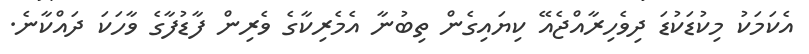
އެކަމަކު މިކުޑަކުޑަ ދިވެހިރާއްޖެއޭ ކިޔައިގެން ތިބުނާ އެމެރިކާގެ ވެރިން ފާޑުފާގެ ވާހަކަ ދައްކާނެ.